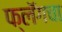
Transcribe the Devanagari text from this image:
फ्लॅगचा